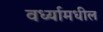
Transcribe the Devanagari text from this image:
वर्ध्यामधील